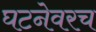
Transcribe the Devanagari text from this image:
घटनेवरच